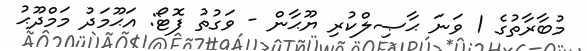
މުބާރާތުގެ 1 ވަނަ ޙާޞިލްކުރި ޔޫޙާން - ވަގުތު ފޮޓޯ: އަޙޫމަދު މަމްދޫޙު